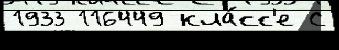
1933 116449 кла́сс'е С